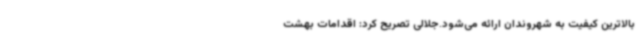
بالاترین کیفیت به شهروندان ارائه می‌شود.جلالی تصریح کرد: اقدامات بهشت